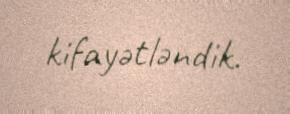
kifayətləndik.